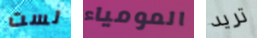
لست المومياء تريد